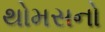
થોમસનો